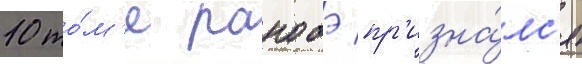
10 то́м'е ранобэ пр'изна́лс'я